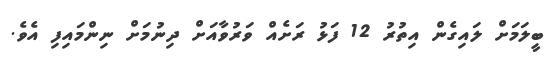
ބީލަމަށް ލައިގެން އިތުރު 12 ފަޅު ރަށެއް ވަރުވާއަށް ދިނުމަށް ނިންމައިފި އެވެ.